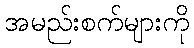
အမည်းစက်များကို